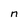
Character: n